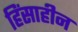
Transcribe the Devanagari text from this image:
हिंसाहीन